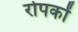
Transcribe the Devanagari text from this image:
रोपकों